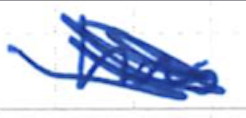
Text: has
Cross-out: scratch
Writing tool: ballpoint